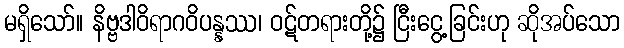
မရှိသော်။ နိဗ္ဗဒါဝိရာဂဝိပန္နဿ၊ ဝဋ်တရားတို့၌ ငြီးငွေ့ခြင်းဟု ဆိုအပ်သော